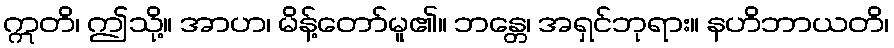
ဣတိ၊ ဤသို့။ အာဟ၊ မိန့်တော်မူ၏။ ဘန္တေ၊ အရှင်ဘုရား။ နဟိဘာယတိ၊